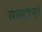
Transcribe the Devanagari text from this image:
सस्पृहम्।